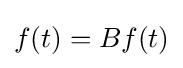
f(t)=Bf(t)